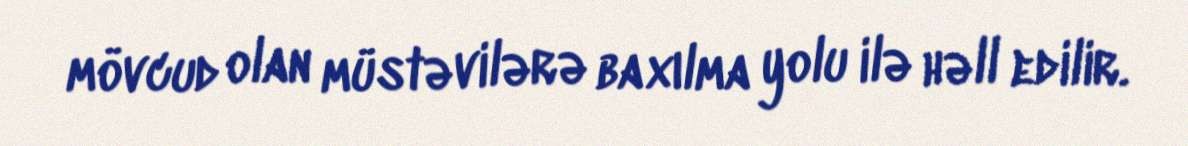
mövcud olan müstəvilərə baxılma yolu ilə həll edilir.